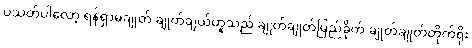
ပသတ်ပါလော့ ရန်ရှာမချုတ် ချုတ်ချယ်ဟူသည် ချုတ်ချုတ်မြည်ခိုက် ချုတ်ချုတ်တိုက်ရိုး